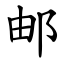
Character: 邮